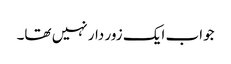
جواب ایک زور دار نہیں تھا۔